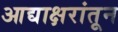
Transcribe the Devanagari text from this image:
आद्याक्षरांतून